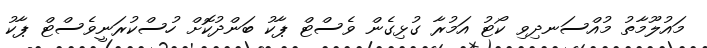
މައުލޫމާތު މުއްސަނދިވި ކޯޓު އަމުރާ ގުޅިގެން ވެސްޓް ޕާކު ބަންދުކޮށް ހުސްކުރަނީވެސްޓް ޕާކު